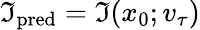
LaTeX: \mathfrak{I}_{\mathrm{{pred}}}=\mathfrak{I}(x_{0};v_{\tau})